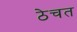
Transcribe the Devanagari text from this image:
ठेचत